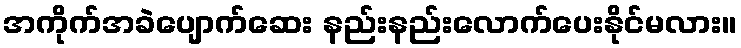
အကိုက်အခဲပျောက်ဆေး နည်းနည်းလောက်ပေးနိုင်မလား။